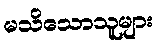
မသိသောသူများ